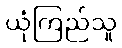
ယုံကြည်သူ